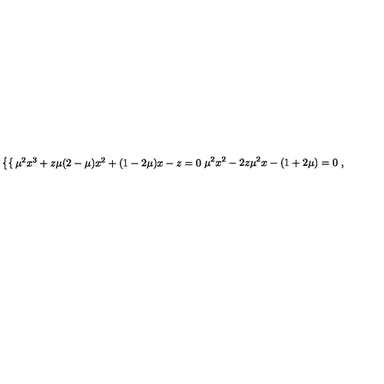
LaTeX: \left\{ \begin{cases} { { \mu } ^ { 2 } x ^ { 3 } + z \mu ( 2 - \mu ) x ^ { 2 } + ( 1 - 2 \mu ) x - z = 0 } \\ { { \mu } ^ { 2 } x ^ { 2 } - 2 z { \mu } ^ { 2 } x - ( 1 + 2 \mu ) = 0 } \\ \end{cases} \right. ,